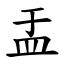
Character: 盂